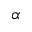
\alpha